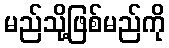
မည်သို့ဖြစ်မည်ကို